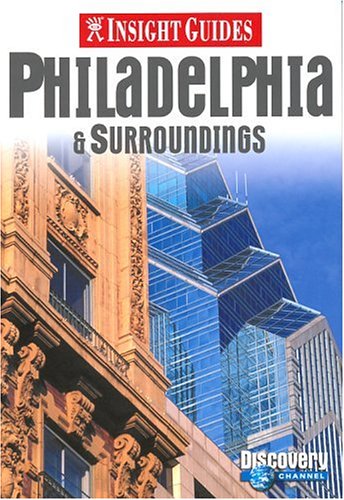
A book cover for Insight Guide Philadelphia (Insight City Guides Philadelphia); Zoe Ross; Travel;